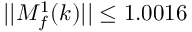
\lvert | M _ { f } ^ { 1 } ( k ) \rvert | \leq 1 . 0 0 1 6